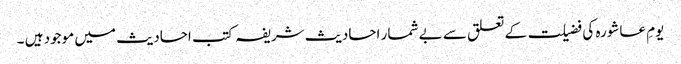
یومِ عاشورہ کی فضیلت کے تعلق سے بے شمار احادیث شریفہ کتب احادیث میں موجود ہیں ۔